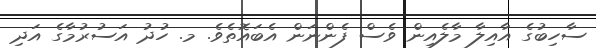
ސާހިބުގެ އާއިލާ މާލެއިން ވެސް ފެންނަން އެބައޮތެވެ. މ. ހުދު އަސުރުމާގެ އަދި